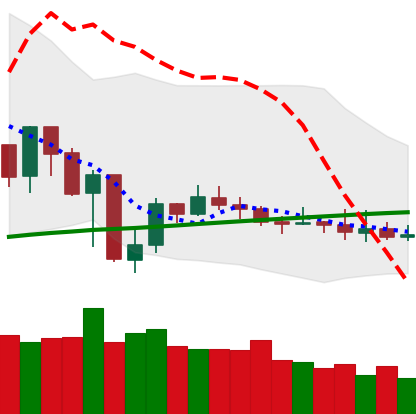
Ticker: XMR-USD
Chart end date: 2019-07-30
Forward return: 12.508%
Label: up_7plus